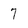
Character: 7